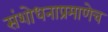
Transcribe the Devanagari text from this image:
संशोधनाप्रमाणेच